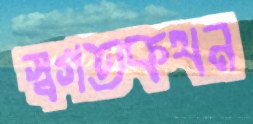
স্বগতকথন